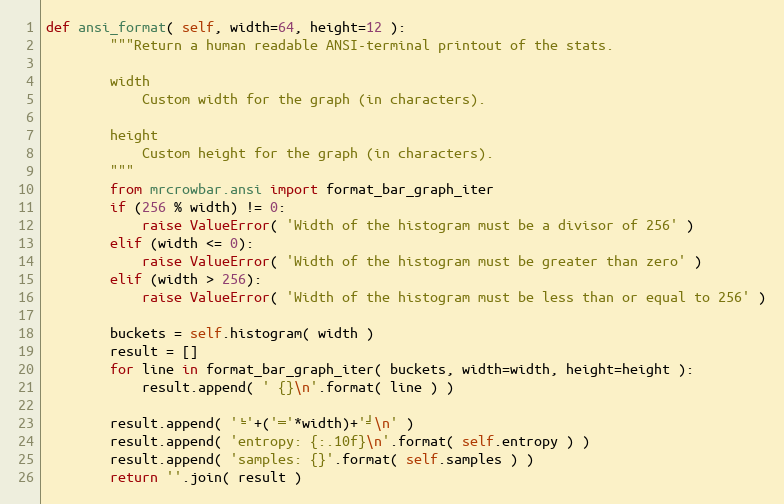
Language: Python
def ansi_format( self, width=64, height=12 ):
        """Return a human readable ANSI-terminal printout of the stats.

        width
            Custom width for the graph (in characters).

        height
            Custom height for the graph (in characters).
        """
        from mrcrowbar.ansi import format_bar_graph_iter
        if (256 % width) != 0:
            raise ValueError( 'Width of the histogram must be a divisor of 256' )
        elif (width <= 0):
            raise ValueError( 'Width of the histogram must be greater than zero' )
        elif (width > 256):
            raise ValueError( 'Width of the histogram must be less than or equal to 256' )

        buckets = self.histogram( width )
        result = []
        for line in format_bar_graph_iter( buckets, width=width, height=height ):
            result.append( ' {}\n'.format( line ) )

        result.append( '╘'+('═'*width)+'╛\n' )
        result.append( 'entropy: {:.10f}\n'.format( self.entropy ) )
        result.append( 'samples: {}'.format( self.samples ) )
        return ''.join( result )